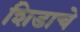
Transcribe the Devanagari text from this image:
शिडाचे